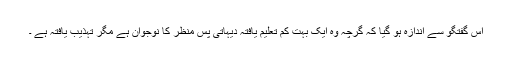
اس گفتگو سے اندازہ ہو گیا کہ گرچہ وہ ایک بہت کم تعلیم یافتہ دیہاتی پس منظر کا نوجوان ہے مگر تہذیب یافتہ ہے ۔